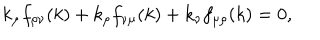
LaTeX: k _ { \mu } f _ { \rho \nu } ( k ) + k _ { \rho } f _ { \nu \mu } ( k ) + k _ { \nu } f _ { \mu \rho } ( k ) = 0 ,